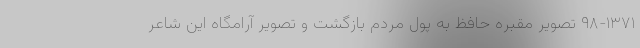
۹۸-۱۳۷۱ تصویر مقبره حافظ به پول مردم بازگشت و تصویر آرامگاه این شاعر